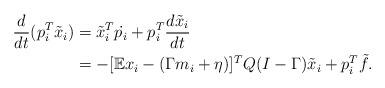
LaTeX: \begin{align*}\frac{d}{dt} ( p_i^T \tilde x_i) &= \tilde x_i^T \dot{p_i} + p_i^T\frac{ d\tilde x_i}{dt} \\ &=- [\mathbb{E}x_i- (\Gamma m_i+\eta)]^T Q (I-\Gamma)\tilde x_i + p_i^T \tilde f . \end{align*}